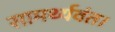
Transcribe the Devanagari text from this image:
सामर्थ्यवंत।